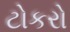
ટોકરો